Papers set at the Examination for Leaving Certificates, 1894
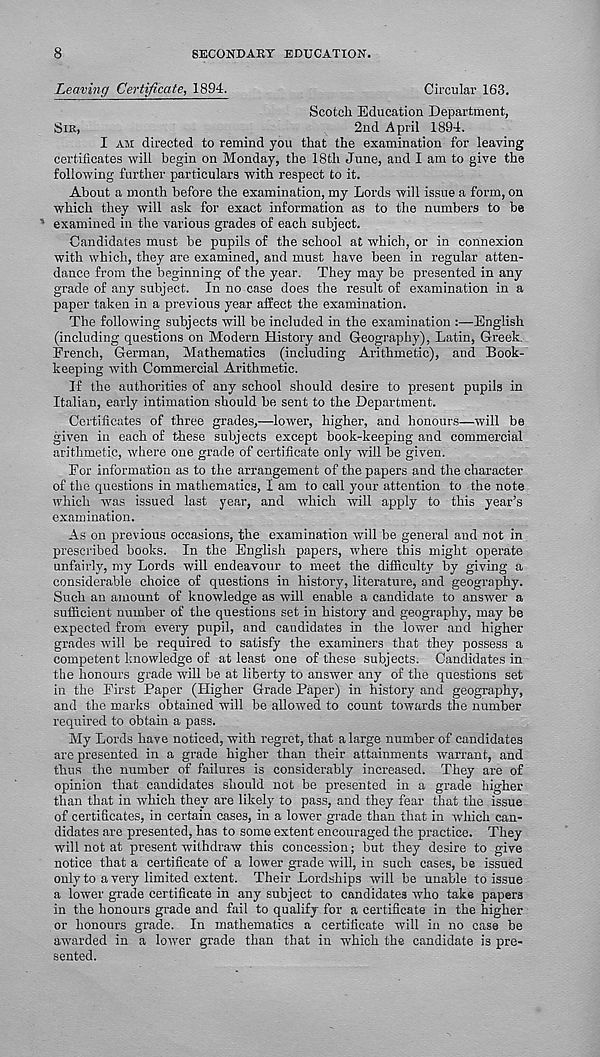
8
SECONDARY EDUCATION.
Leaving Certificate, 1894.
Circular 163.
Scotch Education Department,
SIR,
2nd April 1894.
I AM directed to remind you that the examination for leaving
certificates will begin on Monday, the 18th June, and I am to give the
following further particulars with respect to it.
About a month before the examination, my Lords will issue a form, on
which they will ask for exact information as to the numbers to be
' examined in the various grades of each subject.
Candidates must be pupils of the school at which, or in connexion
with which, they are examined, and must have been in regular atten-
dance from the beginning of the year. They may be presented in any
grade of any subject. In no case does the result of examination in a
paper taken in a previous year affect the examination.
The following subjects will be included in the examination :—English
(including questions on Modern History and Geography), Latin, Greek.
French, German, Mathematics (including Arithmetic), and Book-
keeping with Commercial Arithmetic.
If the authorities of any school should desire to present pupils in
Italian, early intimation should he sent to the Department.
Certificates of three grades,—lower, higher, and honours—will be
given in each of these subjects except book-keeping and commercial
arithmetic, where one grade of certificate only will be given.
For information as to the arrangement of the papers and the character
of the questions in mathematics, I am to call your attention to the note
which was issued last year, and which will apply to this year’s
examination.
As on previous occasions, the examination will be general and not in
prescribed books. In the English papers, where this might operate
unfairly, my Lords will endeavour to meet the difficulty by giving a
considerable choice of questions in history, literature, and geography.
Such an amount of knowledge as will enable a candidate to answer a
sufficient number of the questions set in history and geography, may be
expected from every pupil, and candidates in the lower and higher
grades will be required to satisfy the examiners that they possess a
competent knowledge of at least one of these subjects. Candidates in
the honours grade will be at liberty to answer any of the questions set
in the First Paper (Higher Grade Paper) in history and geography,
and the marks obtained will be allowed to count towards the number
required to obtain a pass.
My Lords have noticed, with regret, that a large number of candidates
are presented in a grade higher than their attainments warrant, and
thus the number of failures is considerably increased. They are of
opinion that candidates should not be presented in a grade higher
than that in which they are likely to pass, and they fear that the issue
of certificates, in certain cases, in a lower grade than that in which can-
didates are presented, has to some extent encouraged the practice. They
will not at present withdraw this concession; but they desire to give
notice that a certificate of a lower grade will, in such cases, be issued
only to a very limited extent. Their Lordships will be unable to issue
a lower grade certificate in any subject to candidates who take papers
in the honours grade and fail to qualify for a certificate in the higher
or honours grade. In mathematics a certificate will in no case be
awarded in a lower grade than that in which the candidate is pre-
sented.